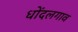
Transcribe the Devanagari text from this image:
धोंदलगाव